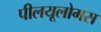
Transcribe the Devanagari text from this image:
पीलयूलोगस